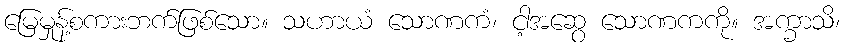
မြေမှုန့်စကားဘက်ဖြစ်သော။ သဟာယံ သောဏကံ၊ ငါ့အဆွေ သောဏကကို။ အက္ခာသိ၊